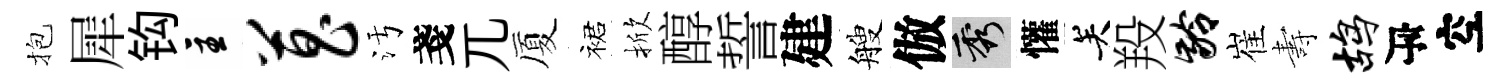
抱犀钩主菖污戔兀厦裙掀醇誓建艘倣秀懽关羖龄崔夀鸪瓴空